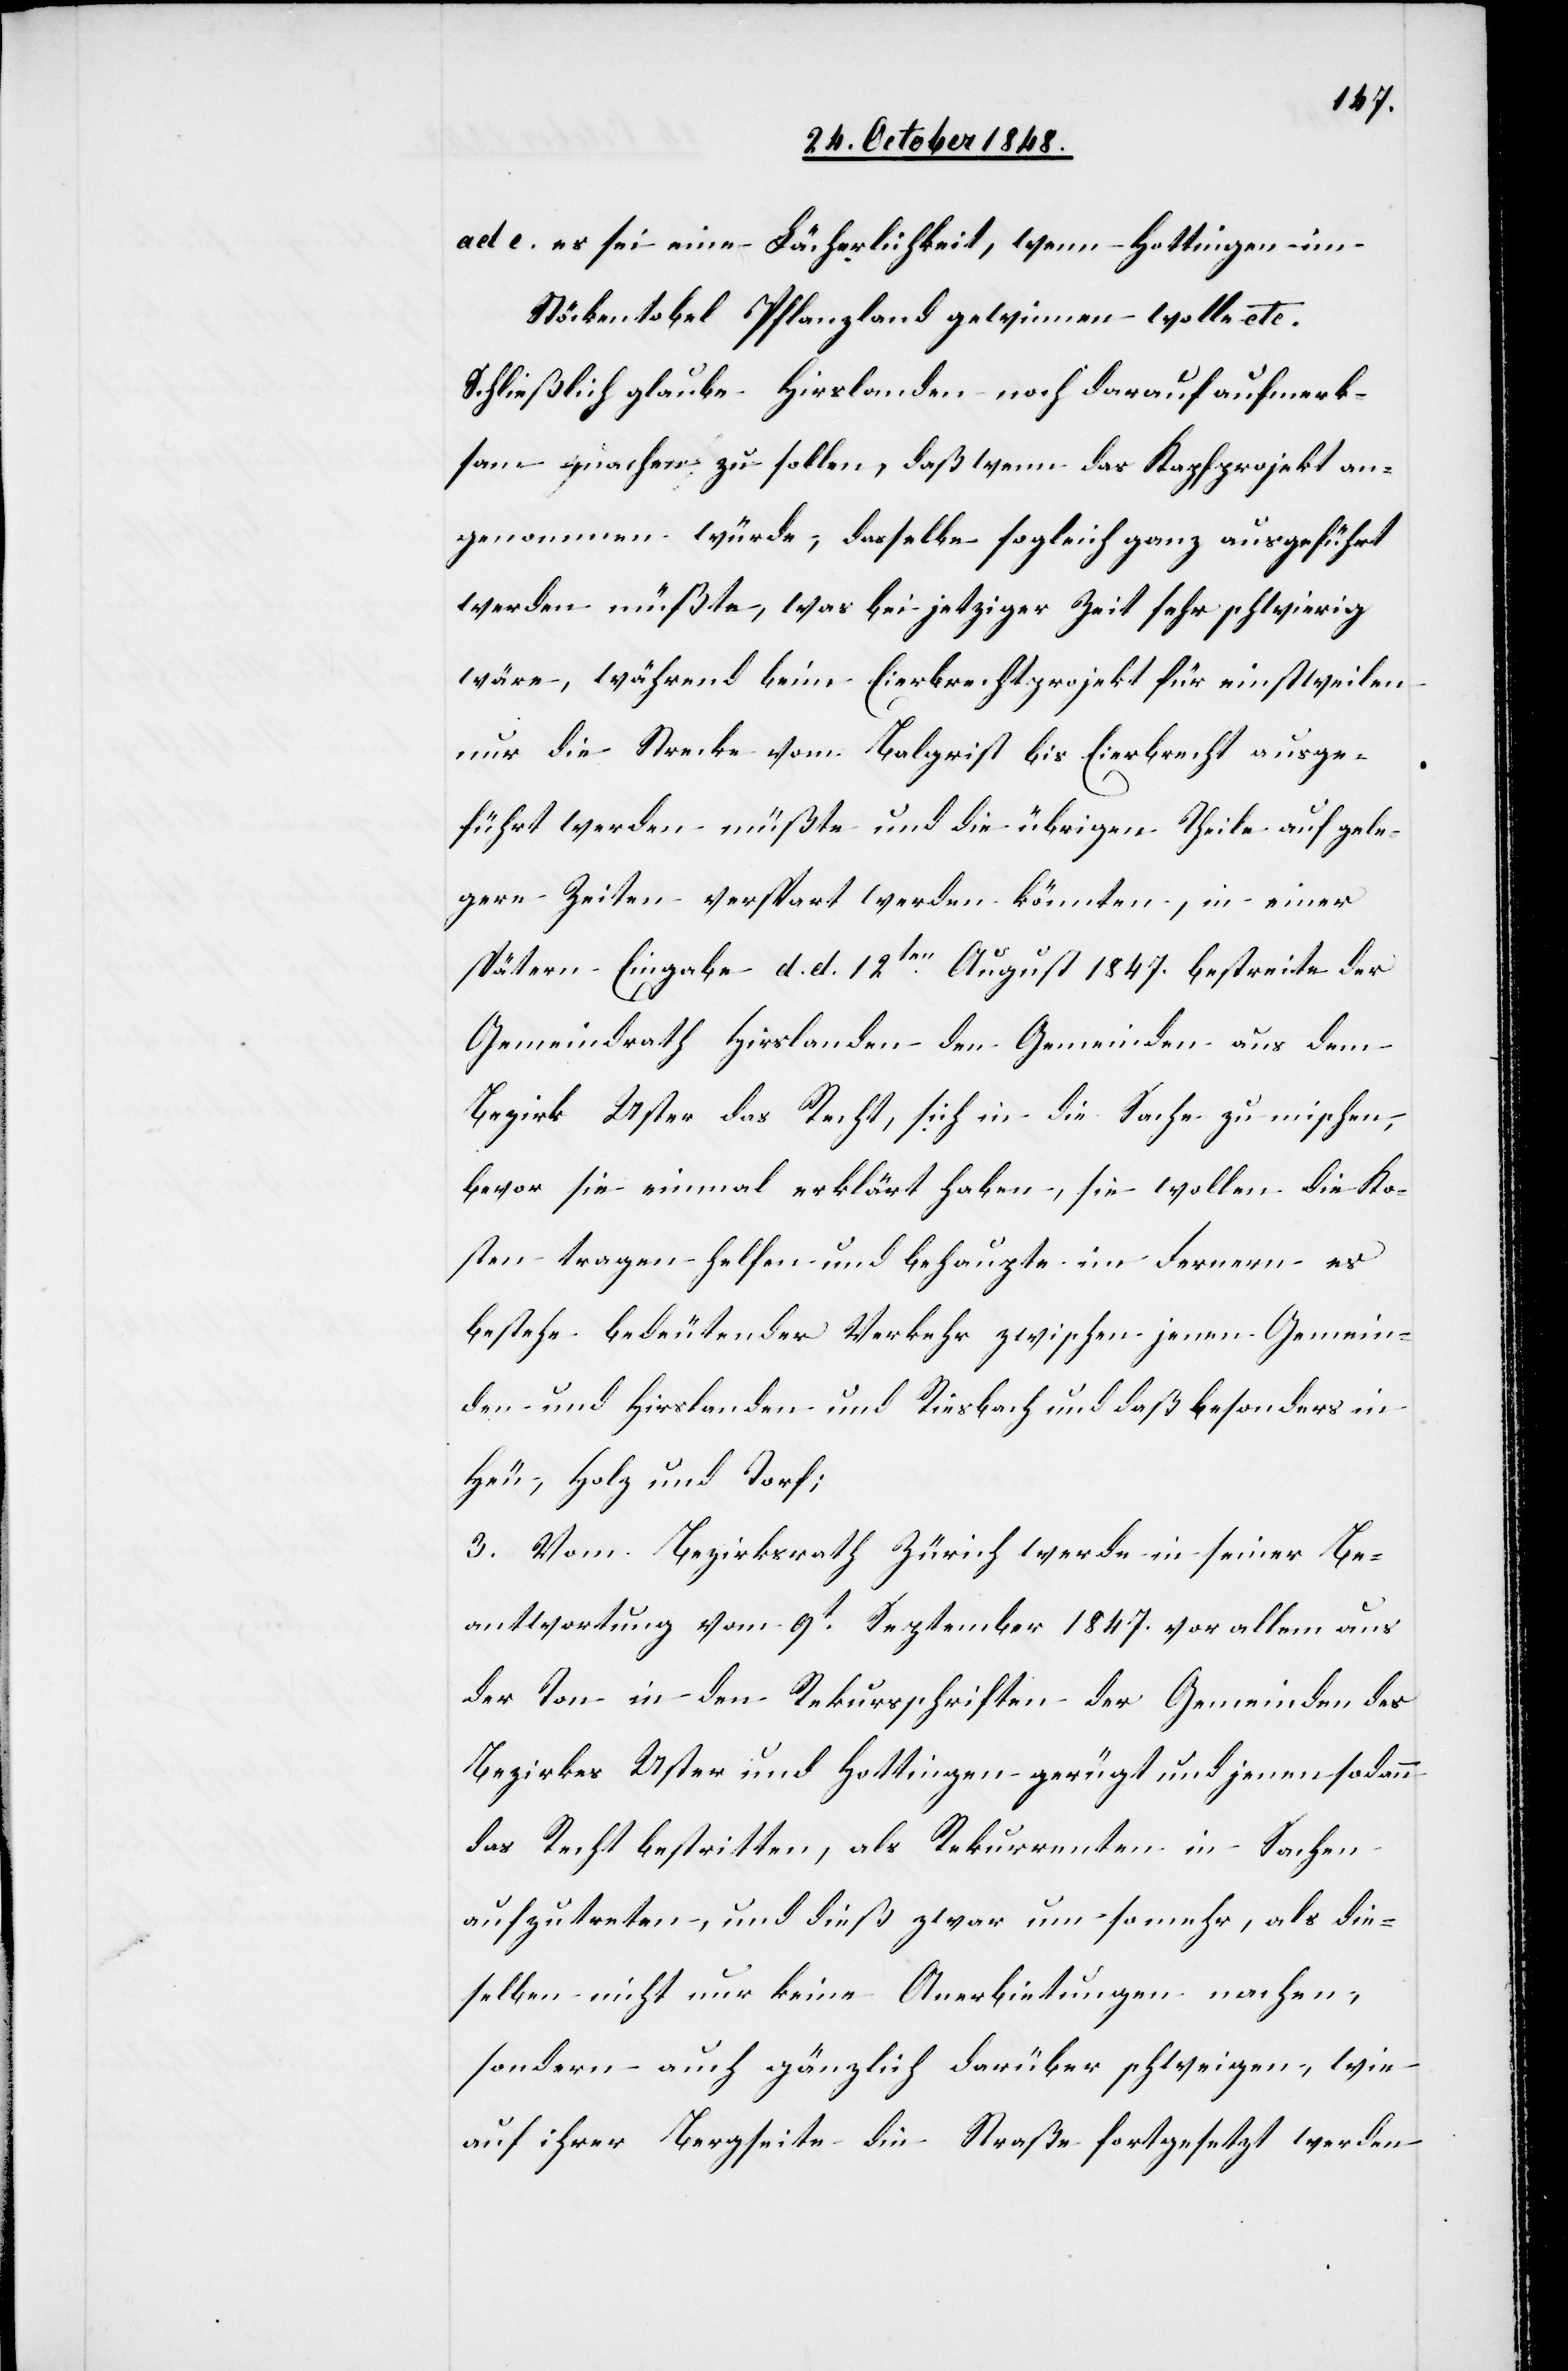
ad c. es sei eine Lächerlichkeit, wenn Hottingen im
Stöckentobel Pflanzland gewinnen wolle etc.
Schließlich glaube Hirslanden noch darauf aufmerk¬
sam machen zu sollen, daß wenn das Kapfprojekt an¬
genommen würde, dasselbe sogleich ganz ausgeführt
werden müßte, was bei jetziger Zeit sehr schwierig
wäre, während beim Eierbrechtprojekt für einstweilen
nur die Strecke vom Balgrist bis Eierbrecht ausge¬
führt werden müßte und die übrigen Theile auf gele¬
gere [sic!] Zeiten verspart werden könnten, in einer
spätern Eingabe d. d. 12ten August 1847. bestreite der
Gemeindrath Hirslanden den Gemeinden aus dem
Bezirk Uster das Recht, sich in die Sache zu mischen,
bevor sie einmal erklärt haben, sie wollen die Ko¬
sten tragen helfen und behaupte im Fernern es
bestehe bedeutender Verkehr zwischen jenen Gemein¬
den und Hirslanden und Riesbach und daß [sic!] besonders in
Heu, Holz und Torf;
3. Vom Bezirksrath Zürich werde in seiner Be¬
antwortung vom 9t September 1847. vor allem aus
der Ton in den Rekursschriften der Gemeinden des
Bezirkes Uster und Hottingen gerügt und jenen sodann
das Recht bestritten, als Rekurrenten in Sachen
aufzutreten, und dieß zwar um so mehr, als die¬
selben nicht nur keine Anerbietungen machen,
sondern auch gänzlich darüber schweigen, wie
auf ihrer Bergseite die Straße fortgesetzt werden